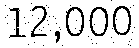
12,000